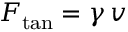
F _ { \mathrm { t a n } } = \gamma \, v